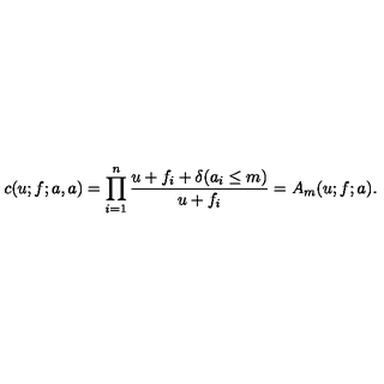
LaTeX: c ( u ; f ; a , a ) = \prod _ { i = 1 } ^ { n } \frac { u + f _ { i } + \delta ( a _ { i } \leq m ) } { u + f _ { i } } = A _ { m } ( u ; f ; a ) .